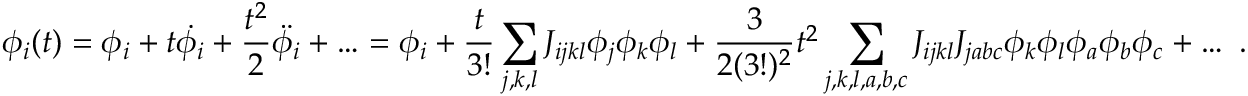
\phi _ { i } ( t ) = \phi _ { i } + t \dot { \phi _ { i } } + \frac { t ^ { 2 } } { 2 } \ddot { \phi _ { i } } + \ldots = \phi _ { i } + \frac { t } { 3 ! } \sum _ { j , k , l } J _ { i j k l } \phi _ { j } \phi _ { k } \phi _ { l } + \frac { 3 } { 2 ( 3 ! ) ^ { 2 } } t ^ { 2 } \sum _ { j , k , l , a , b , c } J _ { i j k l } J _ { j a b c } \phi _ { k } \phi _ { l } \phi _ { a } \phi _ { b } \phi _ { c } + \ldots ~ .